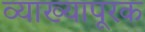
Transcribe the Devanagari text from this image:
व्याख्यापूरक